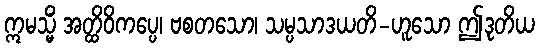
ဣမသ္မိံ အတ္ထိဝိကပ္ပေ၊ ဗစတသော၊ သမ္ပသာဒယတိ-ဟူသော ဤဒုတိယ